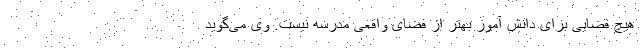
هیچ فضایی برای دانش آموز بهتر از فضای واقعی مدرسه نیست. وی می‌گوید